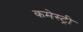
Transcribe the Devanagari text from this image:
कमेस्ट्री